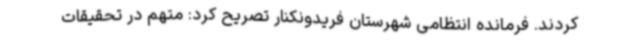
کردند. فرمانده انتظامی شهرستان فریدونکنار تصریح کرد: متهم در تحقیقات